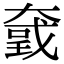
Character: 𡙮